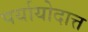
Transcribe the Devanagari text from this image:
पर्यायोदात्त